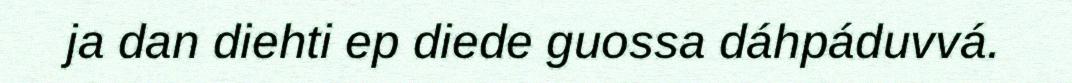
ja dan diehti ep diede guossa dáhpáduvvá.